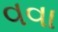
વવા